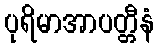
ပုရိမာအာပတ္တီနံ